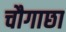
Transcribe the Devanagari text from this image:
चौगाछा